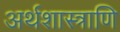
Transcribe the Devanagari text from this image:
अर्थशास्त्राणि